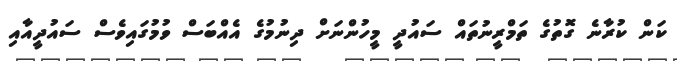
ކަން ކުރާނެ ގޮތުގެ ތަމްރީނުތައް ސައުދީ މީހުންނަށް ދިނުމުގެ އެއްބަސް ވުމުގައިވެސް ސައުދީއާއި